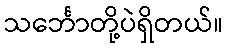
သင်္ဘောတို့ပဲရှိတယ်။